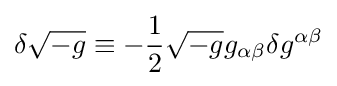
\delta {\sqrt {-g}}\equiv -{1 \over 2}{\sqrt {-g}}g_{\alpha \beta }\delta g^{\alpha \beta }